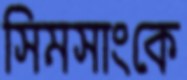
সিমসাংকে